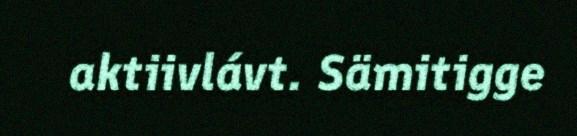
aktiivlávt. Sämitigge